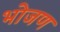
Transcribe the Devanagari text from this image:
भोजण